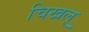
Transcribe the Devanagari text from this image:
चिखलू